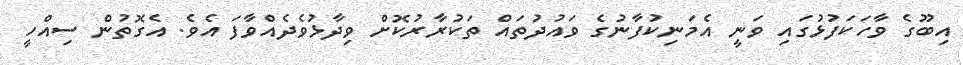
އިބޫގެ ވާހަކަފުޅުގައި ވަނީ އެމަނިކުފާނުގެ ވައުދުތައް ތަކުރާރުކޮށް ވިދާޅުވެދެއްވާފަ އެވެ. އެގޮތުން ސިއްހީ